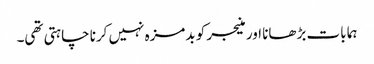
ہما بات بڑھانا اور منیجر کو بدمزہ نہیں کرنا چاہتی تھی۔